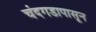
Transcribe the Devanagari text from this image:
चंदगडापासून